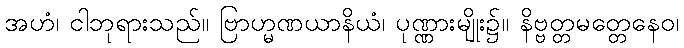
အဟံ၊ ငါဘုရားသည်။ ဗြာဟ္မဏယာနိယံ၊ ပုဏ္ဏားမျိုး၌။ နိဗ္ဗတ္တမတ္တေနေဝ၊